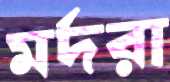
মর্দরা